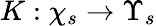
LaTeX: K:\chi_{s}\rightarrow\Upsilon_{s}